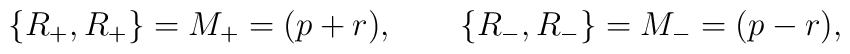
\{ R_+, R_+ \} = M_+ = (p+r), \qquad\{ R_-, R_- \} = M_- = (p-r), \qquad